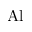
\mathrm { A l }